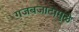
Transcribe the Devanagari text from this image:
गजबजाटामुळे